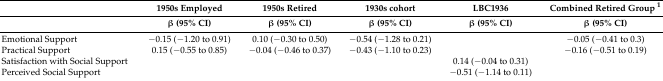
|  | 1950s Employed | 1950s Retired | 1930s cohort | LBC1936 | Combined Retired Group 1 |
 |  | β (95% CI) | β (95% CI) | β (95% CI) | β (95% CI) | β (95% CI) |
 | --- | --- | --- | --- | --- | --- |
 | Emotional Support | −0.15 (−1.20 to 0.91) | 0.10 (−0.30 to 0.50) | −0.54 (−1.28 to 0.21) |  | −0.05 (−0.41 to 0.3) |
 | Practical Support | 0.15 (−0.55 to 0.85) | −0.04 (−0.46 to 0.37) | −0.43 (−1.10 to 0.23) |  | −0.16 (−0.51 to 0.19) |
 | Satisfaction with Social Support |  |  |  | 0.14 (−0.04 to 0.31) |  |
 | Perceived Social Support |  |  |  | −0.51 (−1.14 to 0.11) |  |